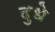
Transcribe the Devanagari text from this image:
दुधे